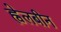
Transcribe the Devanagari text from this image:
ह्वेलबीन